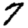
Digit: 7